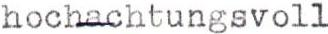
hochachtungsvoll